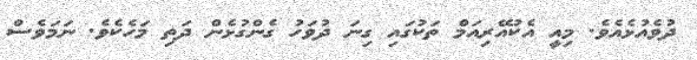
ދުވެއުޅެއެވެ. މިއީ އެކުއޭރިއަމް ތަކުގައި ގިނަ ދުވަހު ގެންގުޅެން ދަތި މަހެކެވެ. ނަމަވެސް